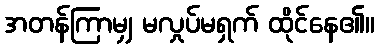
အတန်ကြာမျှ မလှုပ်မရှက် ထိုင်နေ၏။